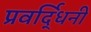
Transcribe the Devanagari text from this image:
प्रवर्द्धिनी